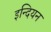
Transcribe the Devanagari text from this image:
इन्दियन